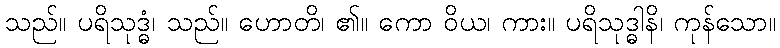
သည်။ ပရိသုဒ္ဓံ၊ သည်။ ဟောတိ၊ ၏။ ကော ဝိယ၊ ကား။ ပရိသုဒ္ဓါနိ၊ ကုန်သော။